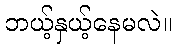
ဘယ့်နှယ့်နေမလဲ။